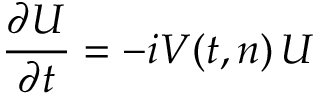
{ \frac { \partial U } { \partial t } } = - i V ( t , n ) \, U